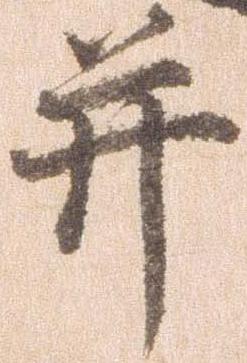
并